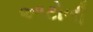
આટોળી